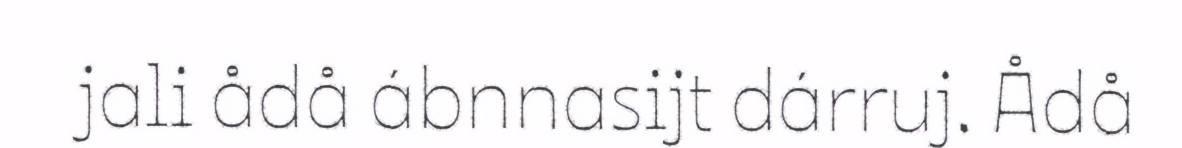
jali ådå ábnnasijt dárruj. Ådå